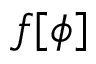
f [ \phi ]